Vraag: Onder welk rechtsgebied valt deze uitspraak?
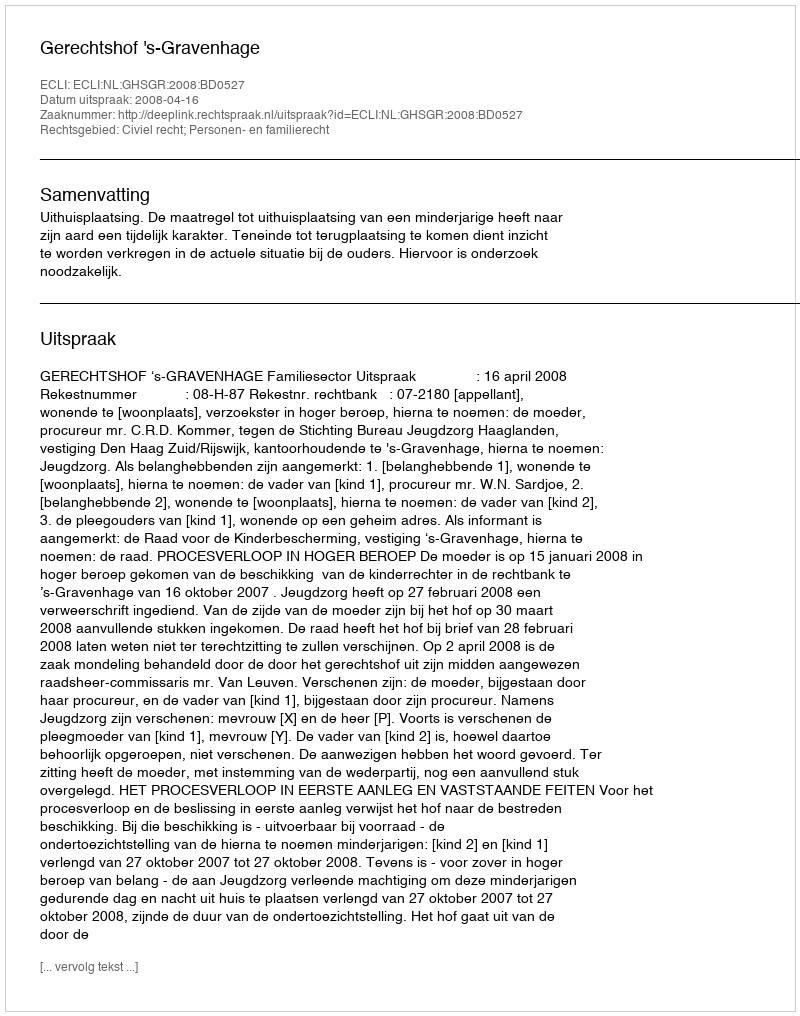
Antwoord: Civiel recht; Personen- en familierecht